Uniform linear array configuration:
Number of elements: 64
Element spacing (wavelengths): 0.5
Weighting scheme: blackman
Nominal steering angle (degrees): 0
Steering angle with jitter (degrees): -0.5564
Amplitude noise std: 0.05
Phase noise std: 0.05

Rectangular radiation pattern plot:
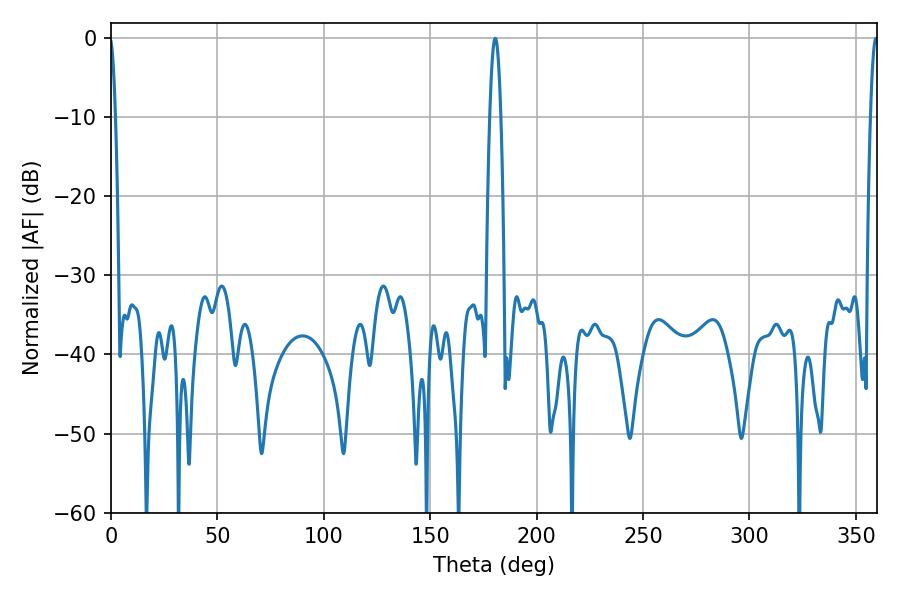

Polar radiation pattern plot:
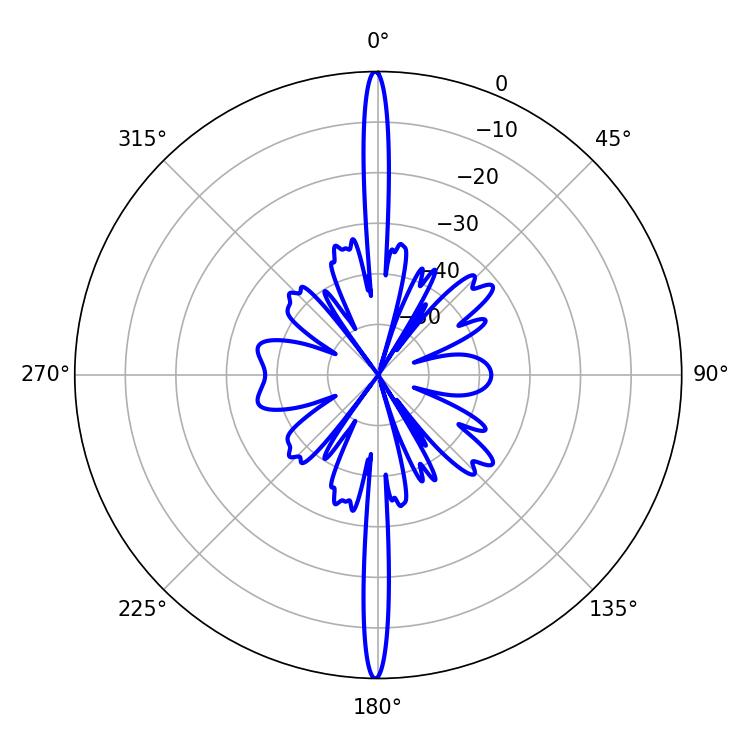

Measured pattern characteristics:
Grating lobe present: FALSE
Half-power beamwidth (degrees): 2.88
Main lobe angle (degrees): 180.54